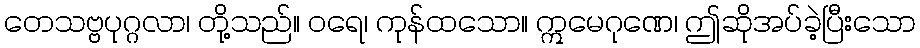
တေသဗ္ဗပုဂ္ဂလာ၊ တို့သည်။ ဝရေ၊ ကုန်ထသော။ ဣမေဂုဏေ၊ ဤဆိုအပ်ခဲ့ပြီးသော